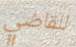
للقاضي